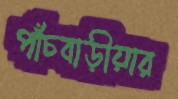
পাঁচবাড়ীয়ার